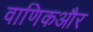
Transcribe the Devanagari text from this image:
वाणिकऔर